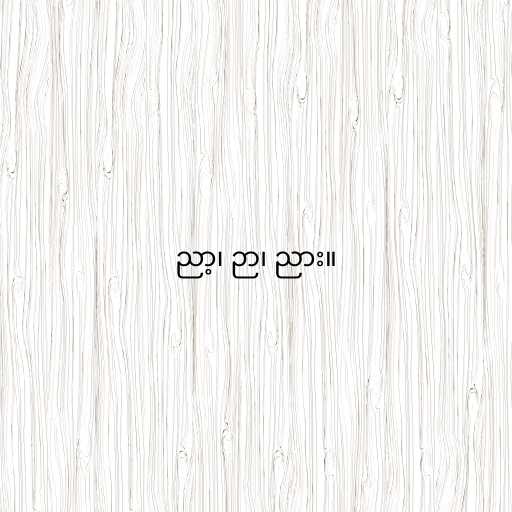
ညာ့၊ ဉာ၊ ညား။